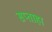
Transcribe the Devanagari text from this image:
सप्ताहा